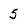
Character: 5